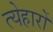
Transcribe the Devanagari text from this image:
त्येहारों